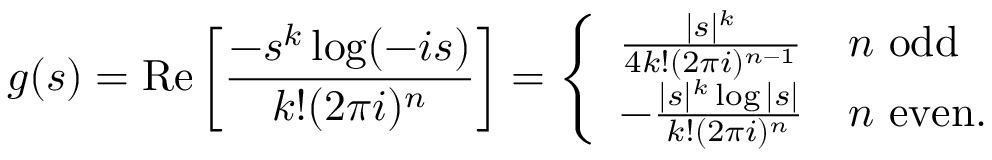
g ( s ) = \operatorname { R e } \left[ { \frac { - s ^ { k } \log ( - i s ) } { k ! ( 2 \pi i ) ^ { n } } } \right] = { \left\{ \begin{array} { l l } { { \frac { | s | ^ { k } } { 4 k ! ( 2 \pi i ) ^ { n - 1 } } } } & { n { \mathrm { ~ o d d } } } \\ { - { \frac { | s | ^ { k } \log | s | } { k ! ( 2 \pi i ) ^ { n } } } } & { n { \mathrm { ~ e v e n . } } } \end{array} \right. }